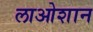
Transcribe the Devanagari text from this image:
लाओशान